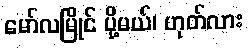
မော်လမြိုင် ပို့မယ်၊ ဟုတ်လား